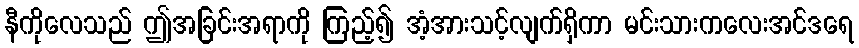
နီကိုလေသည် ဤအခြင်းအရာကို ကြည့်၍ အံ့အားသင့်လျက်ရှိကာ မင်းသားကလေးအင်ဒရေ